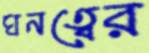
ঘনত্বের